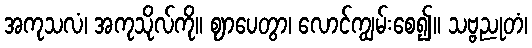
အကုသလံ၊ အကုသိုလ်ကို။ ဈာပေတွာ၊ လောင်ကျွမ်းစေ၍။ သဗ္ဗညုတံ၊